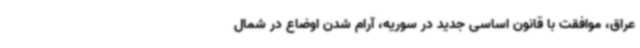
عراق، موافقت با قانون اساسی جدید در سوریه، آرام شدن اوضاع در شمال